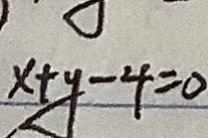
x + y - 4 = 0